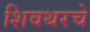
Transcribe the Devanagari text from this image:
शिवथरचे